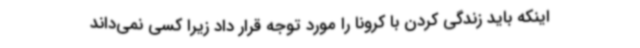
اینکه باید زندگی کردن با کرونا را مورد توجه قرار داد زیرا کسی نمی‌داند